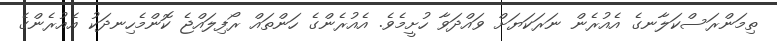
ތިމަންރަސްކަލާނގެ އެއުރެން ނަރަކަޔަށް ވައްދަވާ ހުށީމެވެ. އެއުރެންގެ ހަންތައް ރޯފިލައްޖެ ކޮންމެހިނދަކު އެއުރެންގެ